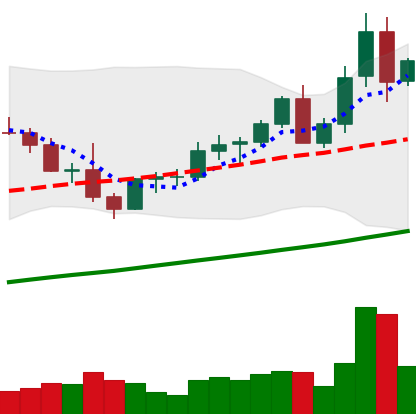
Ticker: LTC-USD
Chart end date: 2021-04-08
Forward return: 17.611%
Label: up_7plus